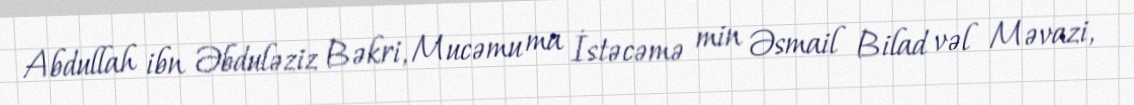
Abdullah ibn Əbduləziz Bəkri, Mucəmu ma İstəcəmə min Əsmail Bilad vəl Məvazi,